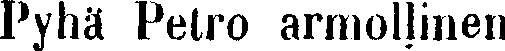
Pyhä Petro armollinen